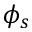
\phi _ { s }